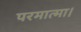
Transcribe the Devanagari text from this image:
परमात्मा।